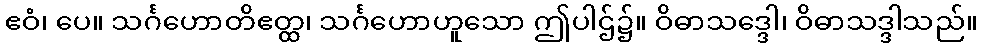
ဧဝံ၊ ပေ။ သင်္ဂဟောတိဧတ္ထ၊ သင်္ဂဟောဟူသော ဤပါဌ်၌။ ဝိဓာသဒ္ဒေါ၊ ဝိဓာသဒ္ဒါသည်။